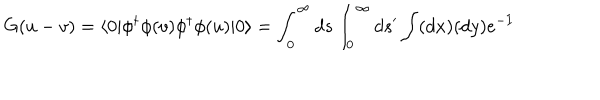
G ( u - v ) = \langle 0 | \phi ^ { \dagger } \phi ( v ) \phi ^ { \dagger } \phi ( u ) | 0 \rangle = \int _ { 0 } ^ { \infty } d s \int _ { 0 } ^ { \infty } d s ^ { \prime } \int ( d x ) ( d y ) e ^ { - I }